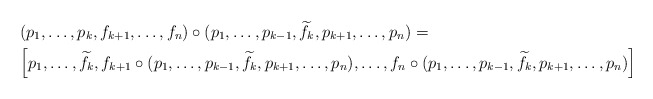
\begin{align*}&(p_{1},\ldots,p_{k},f_{k+1},\ldots,f_{n})\circ (p_{1},\ldots,p_{k-1},\widetilde{f}_{k},p_{k+1},\ldots,p_{n})=\\&\Big[p_{1},\ldots,\widetilde{f}_{k},f_{k+1}\circ (p_{1},\ldots,p_{k-1},\widetilde{f}_{k},p_{k+1},\ldots,p_{n}),\ldots,f_{n}\circ (p_{1},\ldots,p_{k-1},\widetilde{f}_{k},p_{k+1},\ldots,p_{n})\Big]\\\end{align*}